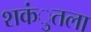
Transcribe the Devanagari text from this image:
शकंुतला